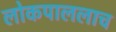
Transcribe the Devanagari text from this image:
लोकपाललाच